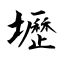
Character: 壢